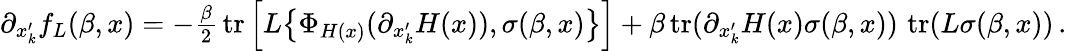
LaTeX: \begin{array}{r}{\partial_{x_{k}^{\prime}}f_{L}(\beta,x)=-\frac{\beta}{2}\, \operatorname{tr}\Big[L\big\{ \Phi_{H(x)}(\partial_{x_{k}^{\prime}}H(x)),\sigma(\beta,x)\big\} \Big]+\beta\operatorname{tr}(\partial_{x_{k}^{\prime}}H(x)\sigma(\beta,x))\, \operatorname{tr}(L\sigma(\beta,x))\, .}\end{array}